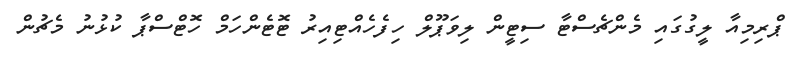
ޕްރިމިއާ ލީގުގައި މެންޗެސްޓާ ސިޓީން ލިވަޕޫލް ހިފެހެއްޓިއިރު ޓޮޓެންހަމް ހޮޓްސްޕާ ކުޅުނު މެޗުން